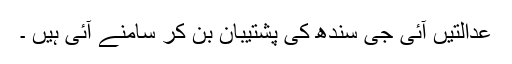
عدالتیں آئی جی سندھ کی پشتیبان بن کر سامنے آئی ہیں ۔